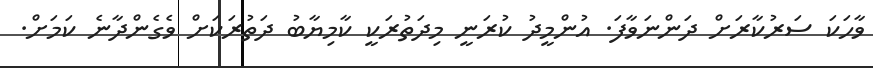
ވާހަކަ ސަރުކާރަށް ދަންނަވާފަ. އުންމީދު ކުރަނީ މިދަތުރަކީ ކާމިޔާބު ދަތުރަކަށް ވެގެންދާނެ ކަމަށް.